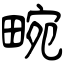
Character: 畹